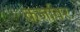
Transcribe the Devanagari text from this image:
कर्जावर